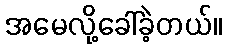
အမေလို့ခေါ်ခဲ့တယ်။